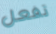
تفعل